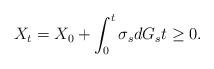
LaTeX: \begin{align*}X_t = X_0 + \int_0^t\sigma_s dG_s t \geq 0.\end{align*}